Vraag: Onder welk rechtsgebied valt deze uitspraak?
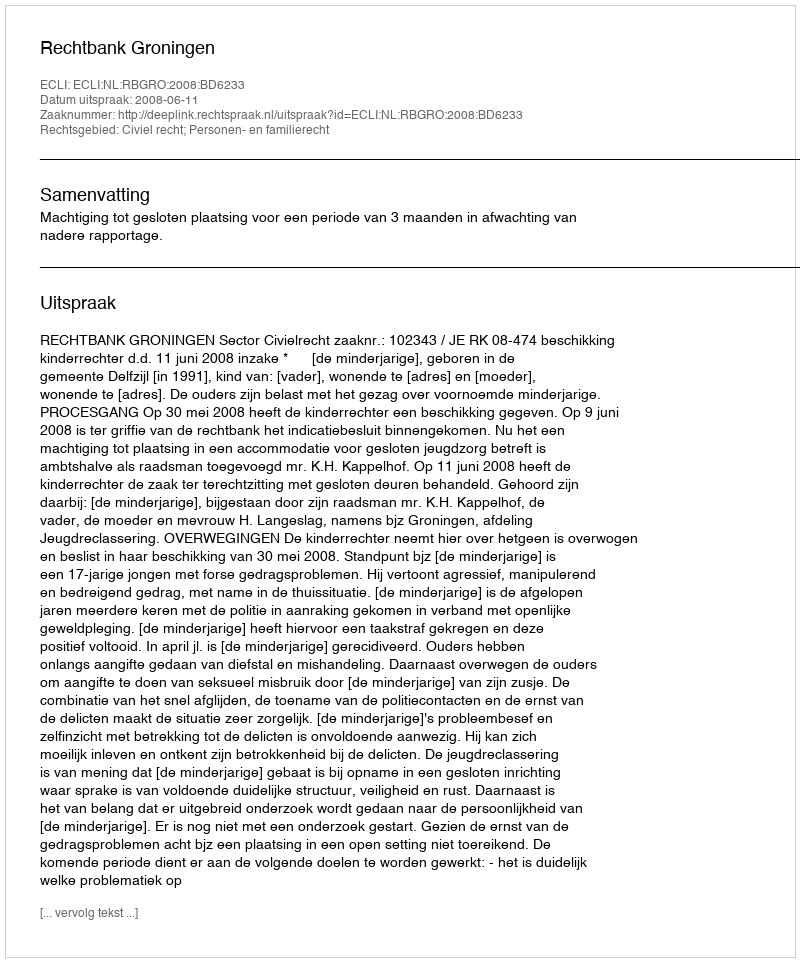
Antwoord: Civiel recht; Personen- en familierecht